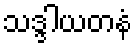
သဒ္ဒါယတနံ